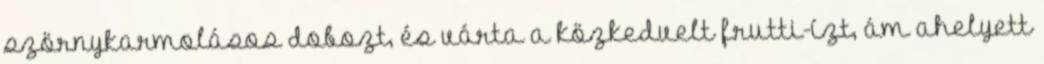
szörnykarmolásos dobozt, és várta a közkedvelt frutti-ízt, ám ahelyett